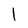
Character: 1